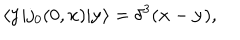
LaTeX: \langle { \bf y } | j _ { 0 } ( 0 , { \bf x } ) | { \bf y } \rangle = \delta ^ { 3 } ( { \bf x } - { \bf y } ) ,